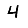
Digit: 4